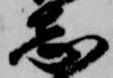
志